Indian journal of veterinary science and animal husbandry - Volume 4,
Year: 1934
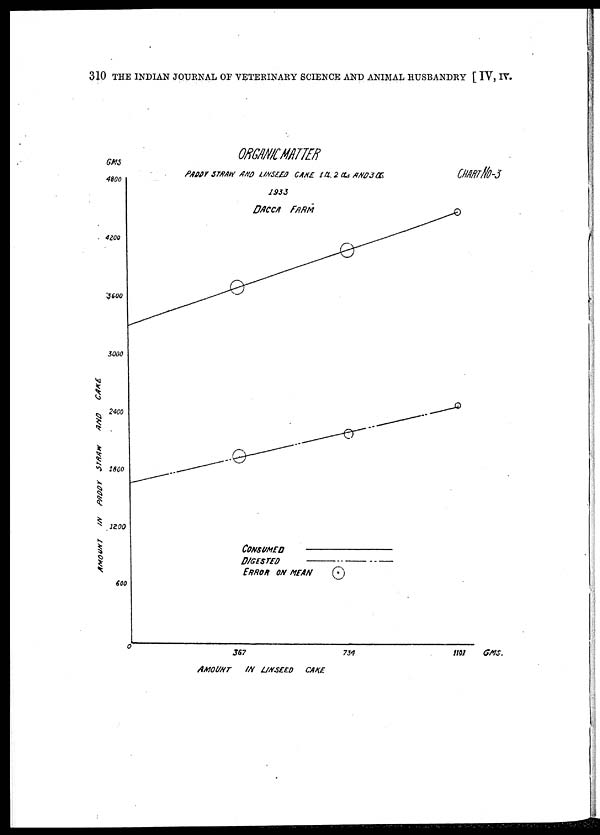
310 THE INDIAN JOURNAL OF VETERINARY SCIENCE AND ANIMAL HUSBANDRY [ IV, IV.